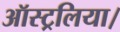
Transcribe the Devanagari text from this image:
ऑस्ट्रलिया।